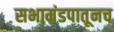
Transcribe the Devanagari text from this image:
सभामंडपातूनच